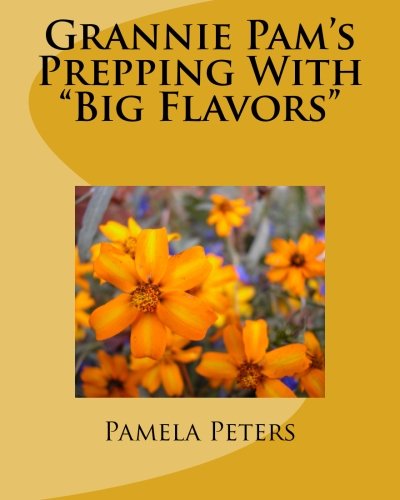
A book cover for Grannie Pam's Prepping With "Big Flavors"; Pamela Gail Peters; Cookbooks, Food & Wine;